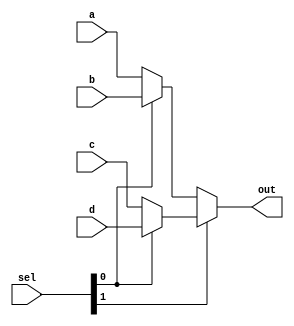
`timescale 1ns / 1ps
//////////////////////////////////////////////////////////////////////////////////
// Company: 
// Engineer: 
// 
// Design Name: 
// Module Name: 3x1mux
// Project Name: 
// Target Devices: 
// Tool Versions: 
// Description: 
// 
// Dependencies: 
// 
// Revision:
// Revision 0.01 - File Created
// Additional Comments:
// 
/*******************************************************************
*
* Module: mux4to1.v
* Project: RV32
* Description: 4 x 1 mux
*

**********************************************************************/
//////////////////////////////////////////////////////////////////////////////////


module mux4to1 #(parameter n = 32) (
input [n-1:0] a, b, c, d,
input [1:0] sel,
output [n-1:0] out
    );
    
    assign out = sel[1] ? (sel[0] ? d : c) : (sel[0] ? b : a);
endmodule